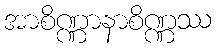
အာစိဏ္ဏာနာစိဏ္ဏဿ